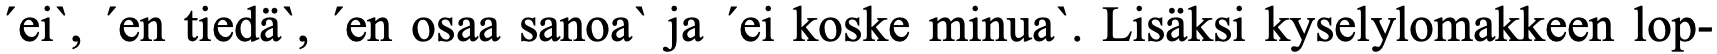
´ei`, ´en tiedä`, ´en osaa sanoa` ja ´ei koske minua`. Lisäksi kyselylomakkeen lop-